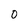
Character: 0